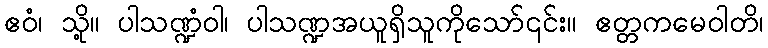
ဧဝံ၊ သို့။ ပါသဏ္ဍံဝါ၊ ပါသဏ္ဍအယူရှိသူကိုသော်၎င်း။ ဧတ္တကမေဝါတိ၊